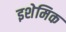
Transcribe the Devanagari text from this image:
इशेमिक